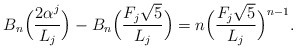
\begin{align*}B_n \Big(\frac{2\alpha ^j}{L_j}\Big) - B_n \Big(\frac{F_j \sqrt 5}{L_j}\Big) = n\Bigl( {\frac{{F_j \sqrt 5 }}{{L_j }}} \Bigr)^{n - 1}.\end{align*}